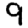
Digit: 9